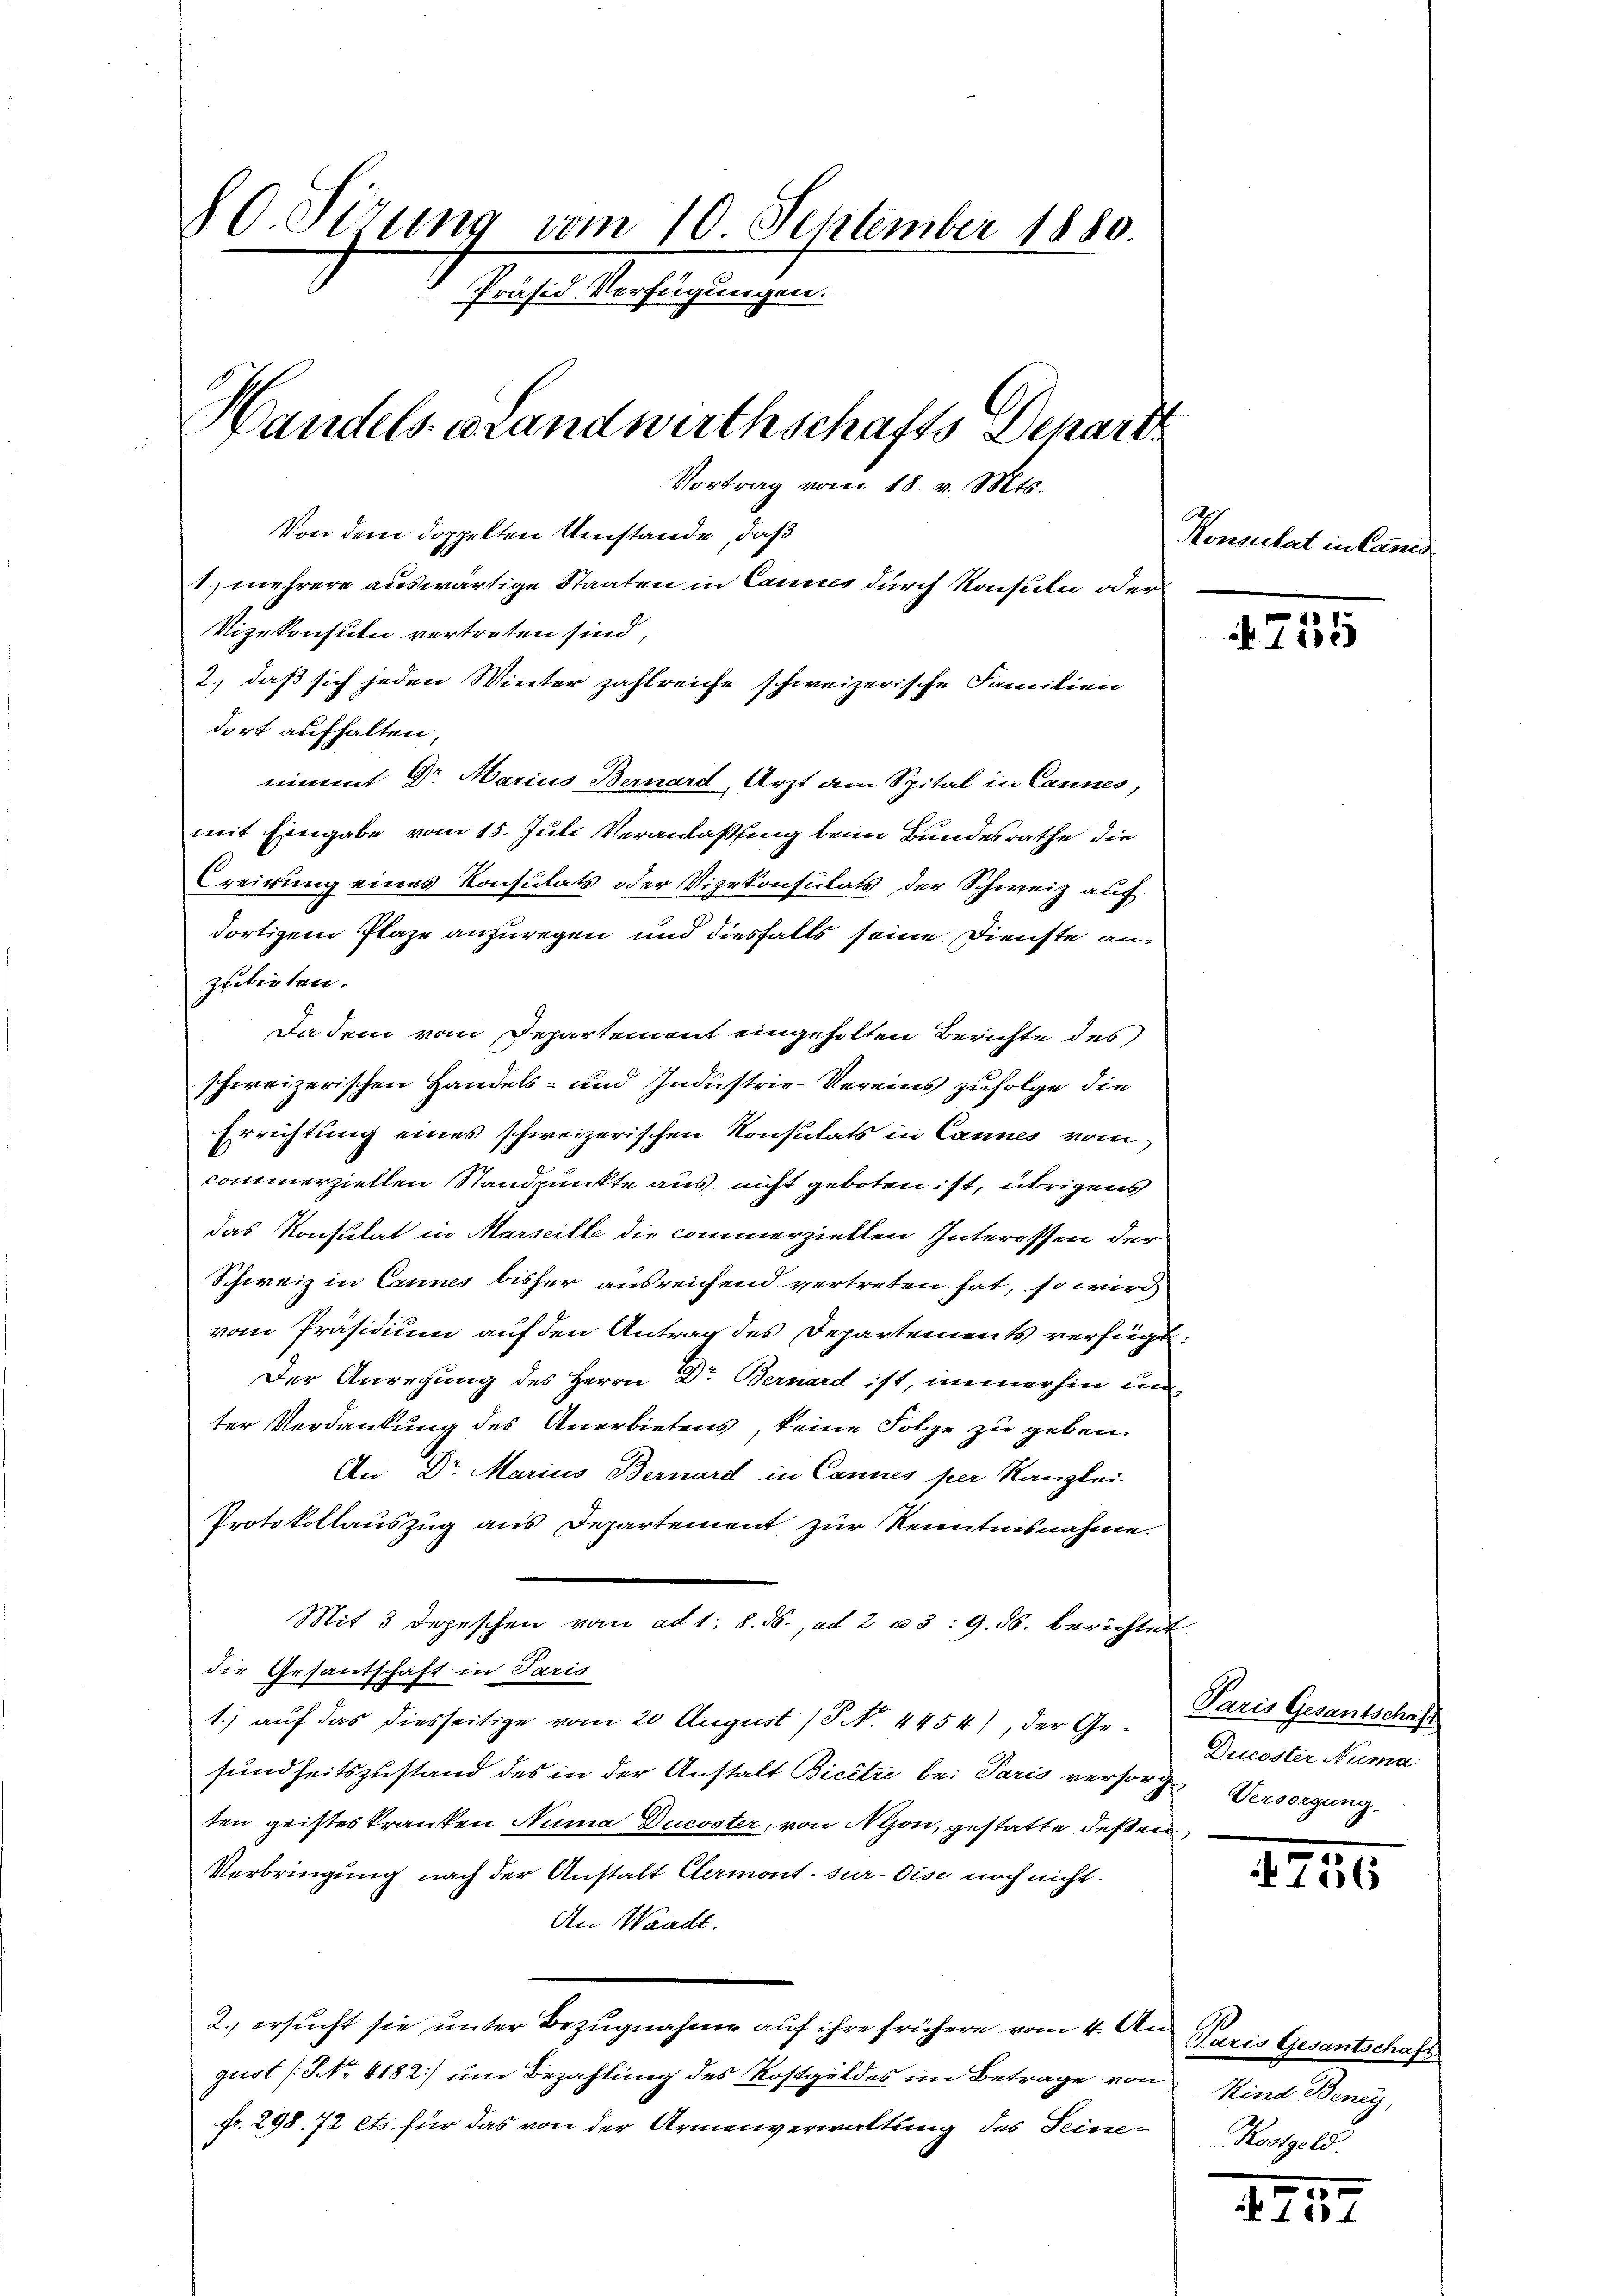
80. Sizung vom 10. September 1880.
Präsid. Verfügungen.
Handels. Landwirthschafts Depart
Vortrag vom 18. v. Mts.
Von dem doppelten Umstände, daß
t. mehrere auswärtige Staaten in Cannes durch Konsuln oder

Vizekonsuln vertreten sind,
2.) daß sich jeden Winter zahlreiche schweizerische Familien
dort aufhalten,
nimmt Dr. Marius Bernard, Arzt am Spital in Cannes,
mit Eingabe vom 15. Juli Veranlaßung beim Bundesrathe die
reirung eines Konsulats oder Vizekonsulats der Schweiz auf
dortigem Plaze anzuregen und diesfalls seine Dienste anzubieten.
Da dem vom Departement eingeholten Berichte des
schweizerischen Handels- und Industrie-Vereins zufolge die
Errichtung eines schweizerischen Konsulats in Cannes vom
commerziellen Standpunkte aus, nicht geboten ist, übrigens
das Konsulat in Marseille die commerziellen Interessen der
Schweiz in Cannes bisher ausreichend vertreten hat, so wird
vom Präsidium auf den Antrag des Departements verfügt:
Der Anregung des Herrn Dr. Bernard ist, immerhin un
ter Verdankung des Anerbietens, keine Folge zu geben.
An Dr. Marius Bernard in Cannes per Kanzlei-
Protokollauszug aus Departement zur Kenntnisnahme.
Mit 3 Depeschen vom ad 1. 8. ds., ad 2 u 3: 9. ds. berichtet
die Gesantschaft in Paris
1.) auf das diesseitige vom 20. August (P No. 4454), der Gesundheitszustand des in der Anstalt Bicêtre bei Paris versorge Versorgung
ten geisteskranken Numa Ducoster, von Nyon, gestatte des ein¬
Verbringung nach der Anstalt Clermont sur-Oise noch nicht
An Waadt.
2. ersucht sie unter Bezugnahme auf ihre frühere vom 4. An
gust [NNo. 4182) um Bezahlung des Kostgeldes im Betrage von Kind Beney,
fr. 298. 72 ets für das von der Armenverwaltung des Seine¬

Konsulat in Canis

4755

Paris Gesantschaft
Ducoster Numa

1245

Paris Gesantschaft.
Kostgeld.

25.
1604